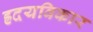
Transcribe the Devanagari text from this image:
ह्रदयविकार